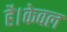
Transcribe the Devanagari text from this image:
है।केवल